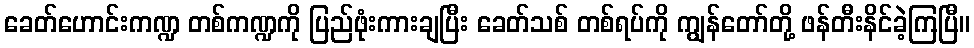
ခေတ်ဟောင်းကဏ္ဍ တစ်ကဏ္ဍကို ပြည်ဖုံးကားချပြီး ခေတ်သစ် တစ်ရပ်ကို ကျွန်တော်တို့ ဖန်တီးနိင်ခဲ့ကြပြီ။